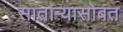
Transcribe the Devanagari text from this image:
सातार्‍यासोबत